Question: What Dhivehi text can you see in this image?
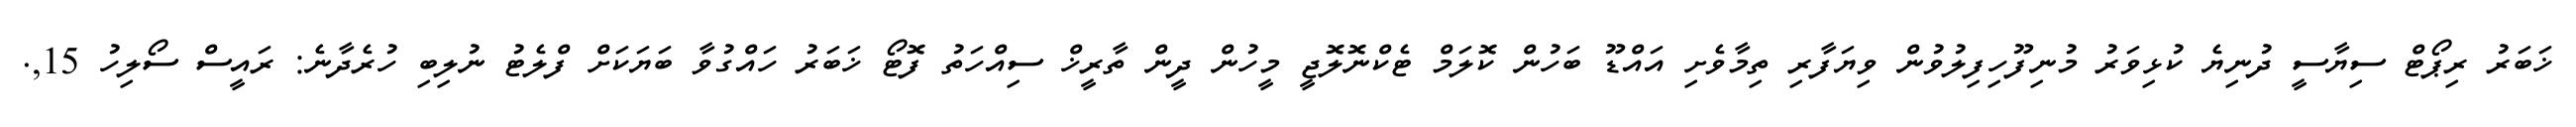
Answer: ޚަބަރު ރިޕޯޓް ސިޔާސީ ދުނިޔެ ކުޅިވަރު މުނިފޫހިފިލުވުން ވިޔަފާރި ތިމާވެށި އައްޑޫ ބަހުން ކޮލަމް ޓެކްނޮލޮޖީ މީހުން ދީން ތާރީޚް ސިއްހަތު ފޮޓޯ ޚަބަރު ހައްގުވާ ބަޔަކަށް ފްލެޓު ނުލިބި ހުރެދާނެ: ރައީސް ސޯލިހު 15,.